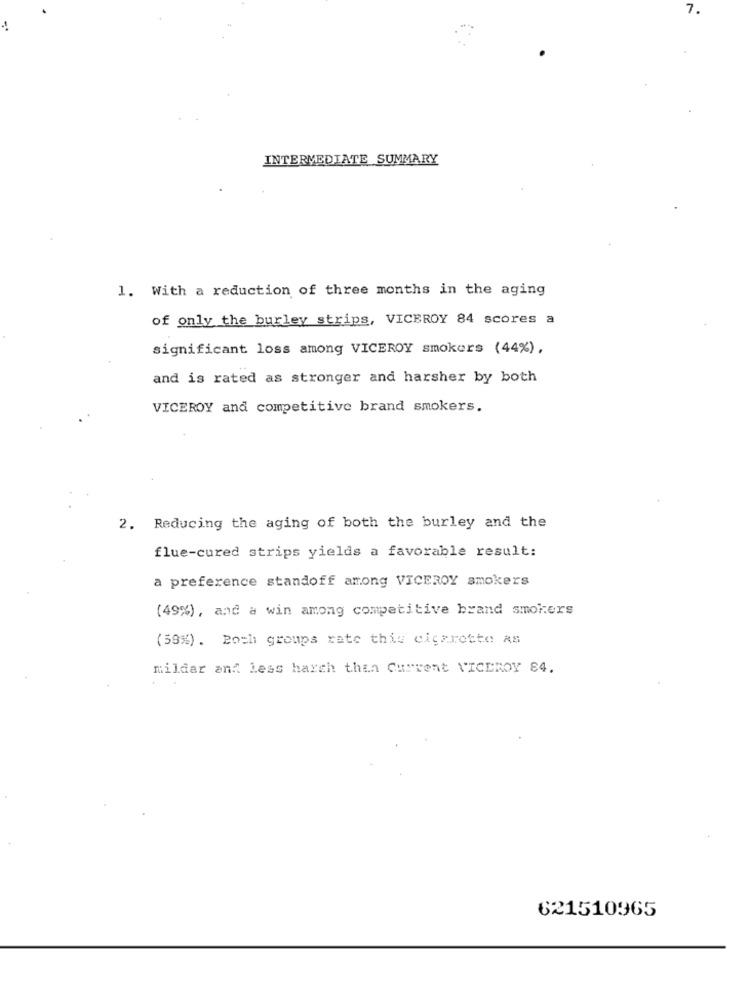
7.
-.
INTERMEDIATE SUMMARY
1. With a reduction of three months in the aging
of only the burley strips, VICEROY 84 scores a
significant loss among VICEROY smokers (44%),
and is rated as stronger and harsher by both
VICEROY and competitive brand smokers.
2. Reducing the aging of both the burley and the
flue-cured strips yields a favorable result:
a preference standoff among VICEROY smokers
(49%), and a win among competitive brand smokers
(59%). Boch groups rate this cigarette as
milder and Less harch than Current VICEROY 84.
621510965